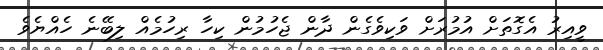
ވީއިރު އެގޮތަށް އުމުރަށް ވަކިވެގެން ދާން ޖެހުމުން ކިހާ ރިހުމެއް ލިބޭނެ ހެއްޔެވެ